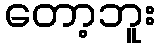
တော့ဘူး